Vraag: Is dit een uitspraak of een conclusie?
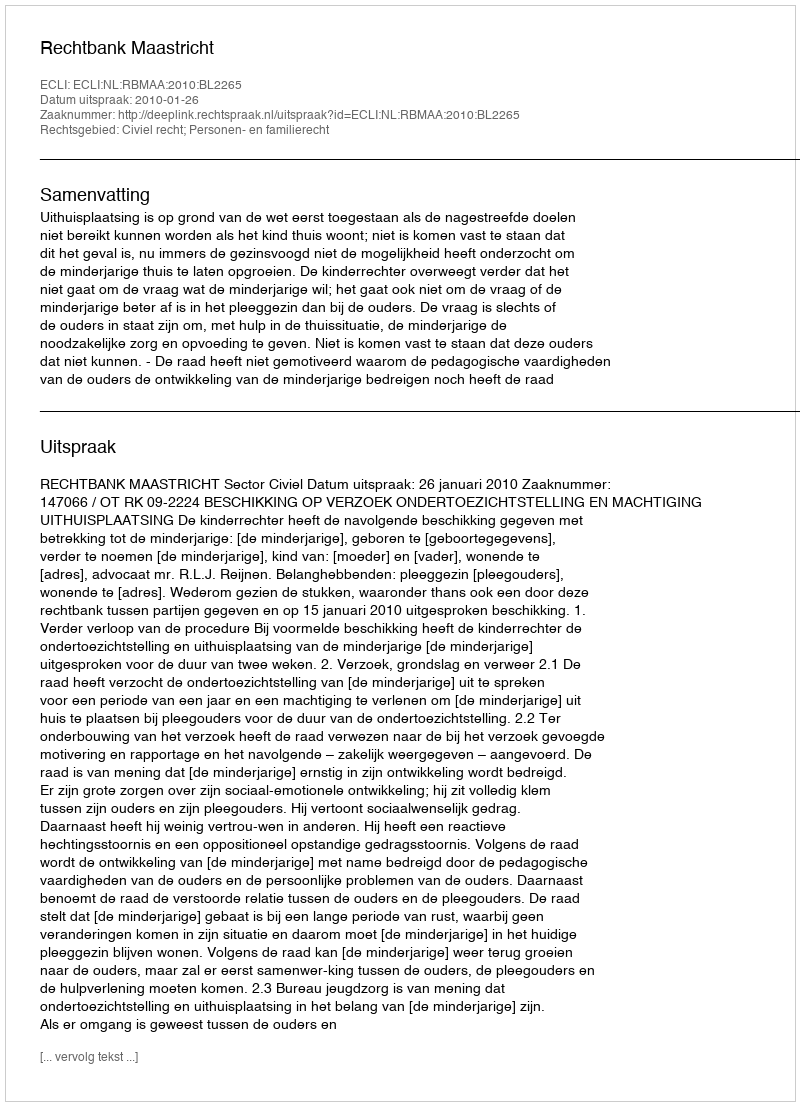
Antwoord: Uitspraak